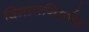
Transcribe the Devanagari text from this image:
विमाननिर्माण